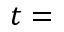
t =